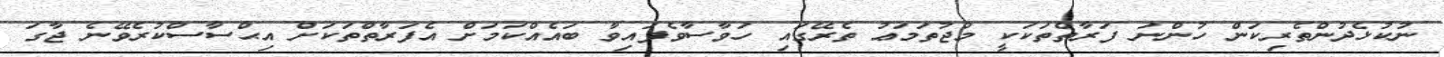
ނުކުޅެދުންތެރިކަން ހުންނަ ފަރާތްތަކަކީ މުޖުތަމަޢު ތެރޭގައި ހަވާސާވެފައިވާ ބައެއްކަމަށް އެފަރާތްތަކަށް އިޙްސާސްކުރެވޭނެ ޖާގަ